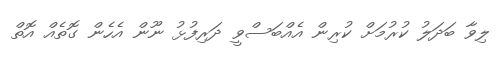
ލިވާ ބަދަލު ކުރުމަށް ކުރިން އެއްބަސްވީ ދަރިފުޅު ނޫން އެހެން ގޮތެއް އޮތް